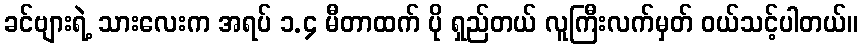
ခင်ဗျားရဲ့ သားလေးက အရပ် ၁.၄ မီတာထက် ပို ရှည်တယ် လူကြီးလက်မှတ် ဝယ်သင့်ပါတယ်။